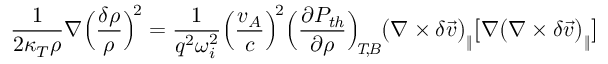
\frac { 1 } { 2 \kappa _ { T } \rho } \nabla \Big ( \frac { \delta \rho } { \rho } \Big ) ^ { \! 2 } = \frac { 1 } { q ^ { 2 } \omega _ { i } ^ { 2 } } \Big ( \frac { v _ { A } } { c } \Big ) ^ { \! 2 } \Big ( \frac { \partial P _ { \mathit { t h } } } { \partial \rho } \Big ) _ { \mathit { \! \! T \! , \! B } } \big ( \nabla \times \delta \vec { v } \big ) _ { \| } \big [ \nabla \big ( \nabla \times \delta \vec { v } \big ) _ { \| } \big ]